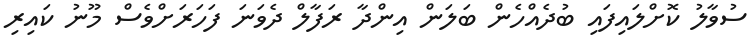
ސުވާލު ކޮށްލައިފައި ބުދެއްހެން ބަލަން އިންދާ ރަފާލް ދެވަނަ ފަހަރަށްވެސް މޫނު ކައިރި